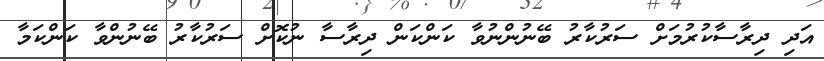
އަދި ދިރާސާކުރުމަށް ސަރުކާރު ބޭނުންނުވާ ކަންކަން ދިރާސާ ނުކޮށް ސަރުކާރު ބޭނުންވާ ކަންކަމާ